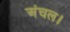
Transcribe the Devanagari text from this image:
अंचल।